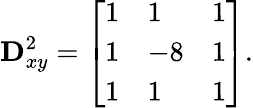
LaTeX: \mathbf{D}_{xy}^{2}={\left[\begin{array}{lll}{1}&{1}&{1}\\ {1}&{-8}&{1}\\ {1}&{1}&{1}\end{array}\right]}.